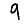
Digit: 9